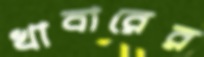
খাবারের